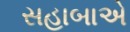
સહાબાએ